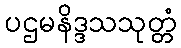
ပဌမနိဒ္ဒသသုတ္တံ